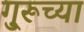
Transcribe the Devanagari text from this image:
गु्रूच्या